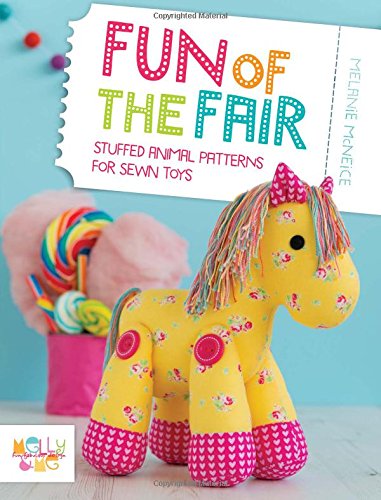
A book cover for Fun of the Fair: Stuffed Animal Patterns for Sewn Toys; Melanie McNeice; Crafts, Hobbies & Home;